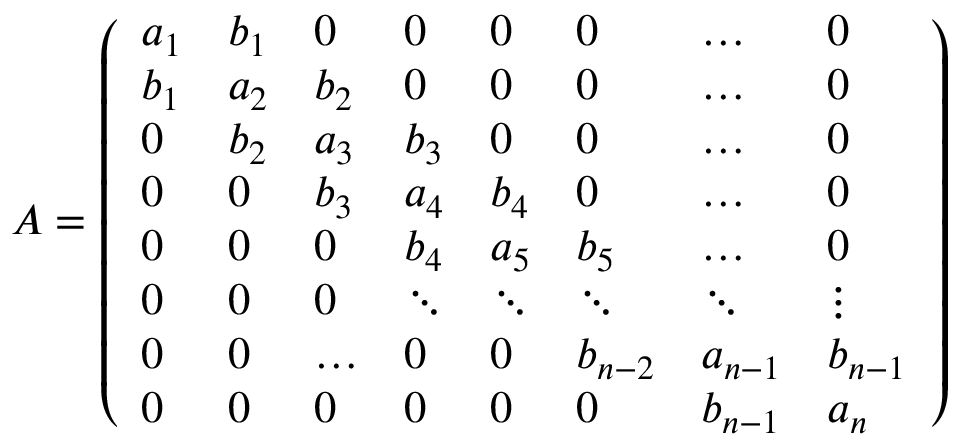
A = \left( \begin{array} { l l l l l l l l } { a _ { 1 } } & { b _ { 1 } } & { 0 } & { 0 } & { 0 } & { 0 } & { \dots } & { 0 } \\ { b _ { 1 } } & { a _ { 2 } } & { b _ { 2 } } & { 0 } & { 0 } & { 0 } & { \dots } & { 0 } \\ { 0 } & { b _ { 2 } } & { a _ { 3 } } & { b _ { 3 } } & { 0 } & { 0 } & { \dots } & { 0 } \\ { 0 } & { 0 } & { b _ { 3 } } & { a _ { 4 } } & { b _ { 4 } } & { 0 } & { \dots } & { 0 } \\ { 0 } & { 0 } & { 0 } & { b _ { 4 } } & { a _ { 5 } } & { b _ { 5 } } & { \dots } & { 0 } \\ { 0 } & { 0 } & { 0 } & { \ddots } & { \ddots } & { \ddots } & { \ddots } & { \vdots } \\ { 0 } & { 0 } & { \dots } & { 0 } & { 0 } & { b _ { n - 2 } } & { a _ { n - 1 } } & { b _ { n - 1 } } \\ { 0 } & { 0 } & { 0 } & { 0 } & { 0 } & { 0 } & { b _ { n - 1 } } & { a _ { n } } \end{array} \right)